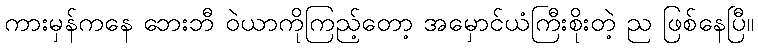
ကားမှန်ကနေ ဘေးဘီ ဝဲယာကိုကြည့်တော့ အမှောင်ယံကြီးစိုးတဲ့ ည ဖြစ်နေပြီ။